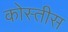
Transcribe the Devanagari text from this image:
कोस्तीस